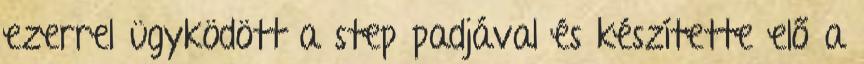
ezerrel ügyködött a step padjával és készítette elő a